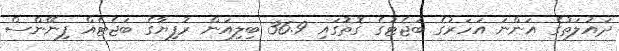
ދައުލަތުގެ އަންނަ އަހަރުގެ ބަޖެޓުގެ ގޮތުގައި 36.9 ބިލިއަން ރުފިޔާގެ ބަޖެޓެއް ފިނޭންސް